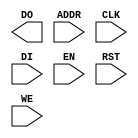
//    Xilinx Proprietary Primitive Cell X_RAMB4_S16 for Verilog
//
// $Header: /devl/xcs/repo/env/Databases/CAEInterfaces/verplex_libs/data/simprims/X_RAMB4_S16.v,v 1.4.148.3 2004/09/28 20:47:46 wloo Exp $
//

`celldefine
`timescale 1 ps/1 ps

module X_RAMB4_S16 (DO, ADDR, CLK, DI, EN, RST, WE);

    parameter INIT_00 = 256'h0000000000000000000000000000000000000000000000000000000000000000;
    parameter INIT_01 = 256'h0000000000000000000000000000000000000000000000000000000000000000;
    parameter INIT_02 = 256'h0000000000000000000000000000000000000000000000000000000000000000;
    parameter INIT_03 = 256'h0000000000000000000000000000000000000000000000000000000000000000;
    parameter INIT_04 = 256'h0000000000000000000000000000000000000000000000000000000000000000;
    parameter INIT_05 = 256'h0000000000000000000000000000000000000000000000000000000000000000;
    parameter INIT_06 = 256'h0000000000000000000000000000000000000000000000000000000000000000;
    parameter INIT_07 = 256'h0000000000000000000000000000000000000000000000000000000000000000;
    parameter INIT_08 = 256'h0000000000000000000000000000000000000000000000000000000000000000;
    parameter INIT_09 = 256'h0000000000000000000000000000000000000000000000000000000000000000;
    parameter INIT_0A = 256'h0000000000000000000000000000000000000000000000000000000000000000;
    parameter INIT_0B = 256'h0000000000000000000000000000000000000000000000000000000000000000;
    parameter INIT_0C = 256'h0000000000000000000000000000000000000000000000000000000000000000;
    parameter INIT_0D = 256'h0000000000000000000000000000000000000000000000000000000000000000;
    parameter INIT_0E = 256'h0000000000000000000000000000000000000000000000000000000000000000;
    parameter INIT_0F = 256'h0000000000000000000000000000000000000000000000000000000000000000;

    output [15:0] DO;
    reg [15:0] DO;

    input [7:0] ADDR;
    input [15:0] DI;
    input EN, CLK, WE, RST;


// synopsys translate_off
    reg [4095:0] mem;
    reg [8:0] count;

    initial begin
	for (count = 0; count < 256; count = count + 1) begin
	    mem[count]		  <= INIT_00[count];
	    mem[256 * 1 + count]  <= INIT_01[count];
	    mem[256 * 2 + count]  <= INIT_02[count];
	    mem[256 * 3 + count]  <= INIT_03[count];
	    mem[256 * 4 + count]  <= INIT_04[count];
	    mem[256 * 5 + count]  <= INIT_05[count];
	    mem[256 * 6 + count]  <= INIT_06[count];
	    mem[256 * 7 + count]  <= INIT_07[count];
	    mem[256 * 8 + count]  <= INIT_08[count];
	    mem[256 * 9 + count]  <= INIT_09[count];
	    mem[256 * 10 + count] <= INIT_0A[count];
	    mem[256 * 11 + count] <= INIT_0B[count];
	    mem[256 * 12 + count] <= INIT_0C[count];
	    mem[256 * 13 + count] <= INIT_0D[count];
	    mem[256 * 14 + count] <= INIT_0E[count];
	    mem[256 * 15 + count] <= INIT_0F[count];
	end
    end

    always @(posedge CLK) begin
	if (EN == 1'b1)
	    if (RST == 1'b1)
		begin
		    DO[0] <= 0;
		    DO[1] <= 0;
		    DO[2] <= 0;
		    DO[3] <= 0;
		    DO[4] <= 0;
		    DO[5] <= 0;
		    DO[6] <= 0;
		    DO[7] <= 0;
		    DO[8] <= 0;
		    DO[9] <= 0;
		    DO[10] <= 0;
		    DO[11] <= 0;
		    DO[12] <= 0;
		    DO[13] <= 0;
		    DO[14] <= 0;
		    DO[15] <= 0;
		end
	    else
		if (WE == 1'b1)
		    begin
			DO[0] <= DI[0];
			DO[1] <= DI[1];
			DO[2] <= DI[2];
			DO[3] <= DI[3];
			DO[4] <= DI[4];
			DO[5] <= DI[5];
			DO[6] <= DI[6];
			DO[7] <= DI[7];
			DO[8] <= DI[8];
			DO[9] <= DI[9];
			DO[10] <= DI[10];
			DO[11] <= DI[11];
			DO[12] <= DI[12];
			DO[13] <= DI[13];
			DO[14] <= DI[14];
			DO[15] <= DI[15];
		    end
		else
		    begin
			DO[0] <= mem[ADDR * 16];
			DO[1] <= mem[ADDR * 16 + 1];
			DO[2] <= mem[ADDR * 16 + 2];
			DO[3] <= mem[ADDR * 16 + 3];
			DO[4] <= mem[ADDR * 16 + 4];
			DO[5] <= mem[ADDR * 16 + 5];
			DO[6] <= mem[ADDR * 16 + 6];
			DO[7] <= mem[ADDR * 16 + 7];
			DO[8] <= mem[ADDR * 16 + 8];
			DO[9] <= mem[ADDR * 16 + 9];
			DO[10] <= mem[ADDR * 16 + 10];
			DO[11] <= mem[ADDR * 16 + 11];
			DO[12] <= mem[ADDR * 16 + 12];
			DO[13] <= mem[ADDR * 16 + 13];
			DO[14] <= mem[ADDR * 16 + 14];
			DO[15] <= mem[ADDR * 16 + 15];
		    end
    end

    always @(posedge CLK) begin
	if (EN == 1'b1 && WE == 1'b1)
	    begin
		mem[ADDR * 16] <= DI[0];
		mem[ADDR * 16 + 1] <= DI[1];
		mem[ADDR * 16 + 2] <= DI[2];
		mem[ADDR * 16 + 3] <= DI[3];
		mem[ADDR * 16 + 4] <= DI[4];
		mem[ADDR * 16 + 5] <= DI[5];
		mem[ADDR * 16 + 6] <= DI[6];
		mem[ADDR * 16 + 7] <= DI[7];
		mem[ADDR * 16 + 8] <= DI[8];
		mem[ADDR * 16 + 9] <= DI[9];
		mem[ADDR * 16 + 10] <= DI[10];
		mem[ADDR * 16 + 11] <= DI[11];
		mem[ADDR * 16 + 12] <= DI[12];
		mem[ADDR * 16 + 13] <= DI[13];
		mem[ADDR * 16 + 14] <= DI[14];
		mem[ADDR * 16 + 15] <= DI[15];
	    end
    end
// synopsys translate_on

endmodule